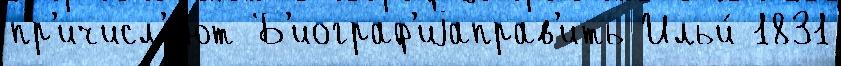
пр'ичисл'я́ют Б'иограф'иjаправ'ить Ильи́ 1831